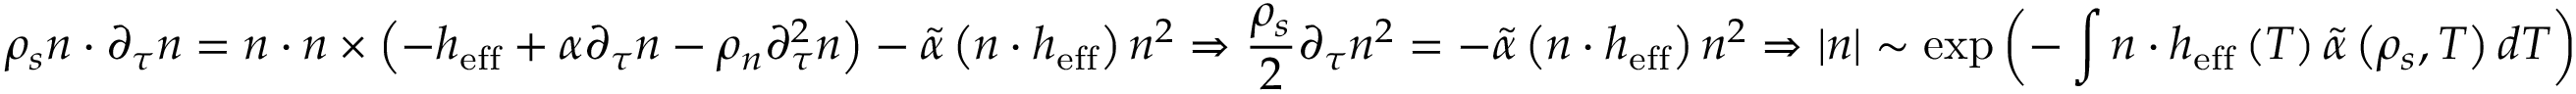
\rho _ { s } \boldsymbol { n } \cdot \partial _ { \tau } \boldsymbol { n } = \boldsymbol { n } \cdot \boldsymbol { n } \times \left( - \boldsymbol { h } _ { \mathrm { e f f } } + \alpha \partial _ { \tau } \boldsymbol { n } - \rho _ { n } \partial _ { \tau } ^ { 2 } \boldsymbol { n } \right) - \tilde { \alpha } \left( \boldsymbol { n } \cdot \boldsymbol { h } _ { \mathrm { e f f } } \right) \boldsymbol { n } ^ { 2 } \Rightarrow \frac { \rho _ { s } } { 2 } \partial _ { \tau } \boldsymbol { n } ^ { 2 } = - \tilde { \alpha } \left( \boldsymbol { n } \cdot \boldsymbol { h } _ { \mathrm { e f f } } \right) \boldsymbol { n } ^ { 2 } \Rightarrow \left| \boldsymbol { n } \right| \sim \exp \left( - \int { \boldsymbol { n } \cdot \boldsymbol { h } _ { \mathrm { e f f } } \left( T \right) \tilde { \alpha } \left( \rho _ { s } , T \right) d T } \right)